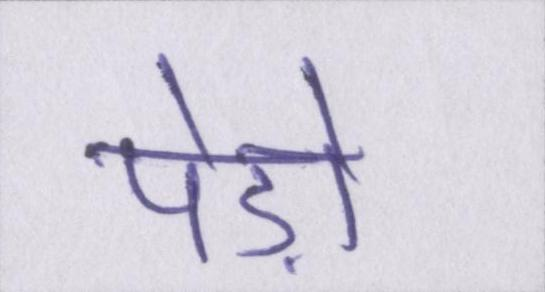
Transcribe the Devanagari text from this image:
पेड़ों